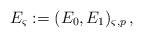
LaTeX: \begin{align*}E_{\varsigma}:=(E_0,E_1)_{\varsigma,p}\,, \end{align*}